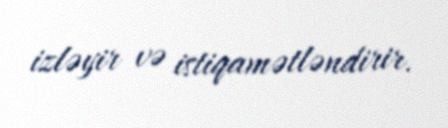
izləyir və istiqamətləndirir.